system: You are a helpful assistant.
user:
Analyze the provided spectrum to determine if it is a **"Cataclysmic Variables (CV)"**.

- **Key Indicators for CV (Check for either state):**
    - **State 1: Quiescent / Low-State (Emission-Dominated)**
        - **(Primary):** Strong and *very broad* Hydrogen Balmer emission lines (e.g., $H\alpha$ at 6563 Å, $H\beta$ at 4861 Å). The 'broadness' (high velocity dispersion, often FWHM > 1000 km/s) is the key diagnostic, indicating a high-velocity accretion disk.
        - **(Secondary):** Broad neutral Helium (He I) emission lines (e.g., 5876 Å, 6678 Å).
        - **(Key Confirmation):** Presence of high-excitation *ionized* Helium (He II) emission at 4686 Å. This is a strong indicator of accretion onto a white dwarf.
        - **(Line Profile):** Emission lines may exhibit a 'double-peaked' profile, which is a classic signature of a rotating accretion disk viewed at high inclination.

    - **State 2: Outburst / High-State (Absorption-Dominated)**
        - **(Primary):** Spectrum is dominated by a bright, blue continuum (looks like a hot star).
        - **(Secondary):** The emission lines from State 1 are weak, absent, or 'filled in', and are replaced by broad, shallow *absorption* lines (primarily Balmer and He I).
        - **(Morphology):** The overall spectrum mimics a hot B/A-type star. The crucial difference is that the absorption lines are significantly broader, shallower, and more 'washed-out' (or 'smeared') than the sharp lines of a normal stellar photosphere, due to high rotational speeds and pressure broadening in the disk.

Think first, call **spectral_visualization_tool** if needed to examine features in detail, then provide your final answer. Your response must adhere to the following strict rules:
1.  **Overall Structure:** Your response must follow the format `<think>...</think> <tool_call>...</tool_call> (if a tool is used) <answer>...</answer>`.
2.  **Tool Usage Constraint:** You may only make **one** tool call per turn.
3.  **Final Answer Format:** In the `<answer>` tag, your conclusion must be inside a `\boxed{}` command (e.g., `\boxed{YES}`), followed by your justification.

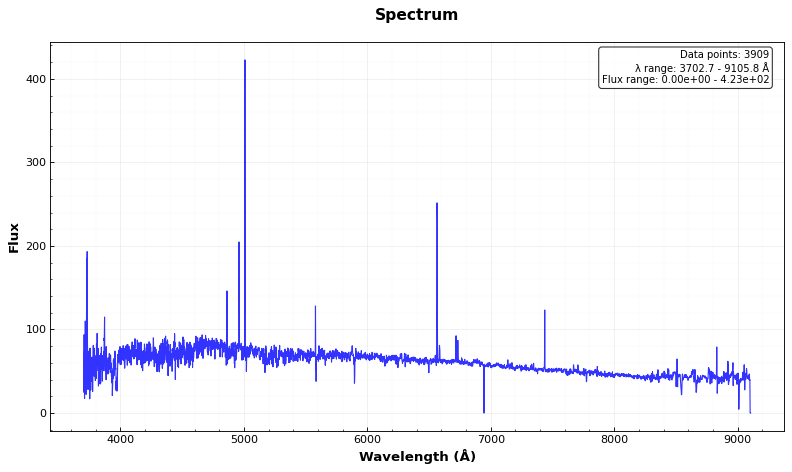
Answer: NO